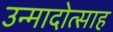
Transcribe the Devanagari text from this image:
उन्मादोत्साह